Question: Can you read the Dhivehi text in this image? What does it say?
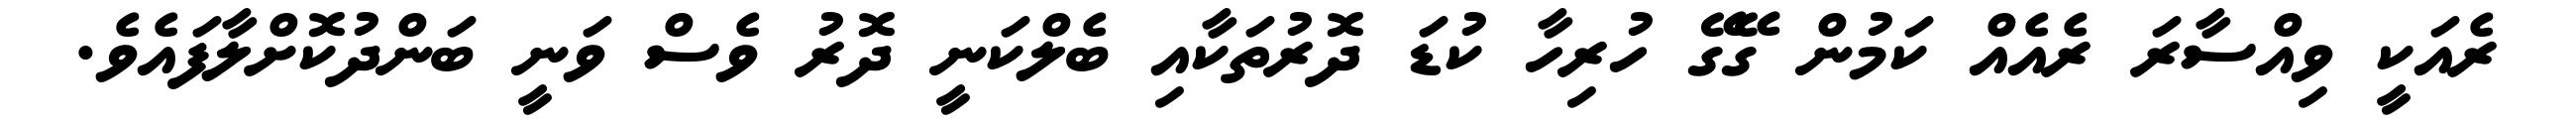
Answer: ރެއަކީ ވިއްސާރަ ރެއެއް ކަމުން ގޭގޭ ހުރިހާ ކުޑަ ދޮރުތަކާއި ބެލްކަނީ ދޮރު ވެސް ވަނީ ބަންދުކޮށްލާފައެވެ.